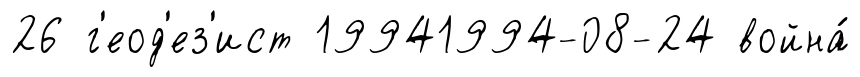
26 г'еод'ез'ист 19941994-08-24 война́